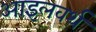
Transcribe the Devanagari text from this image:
आइलवर्थ